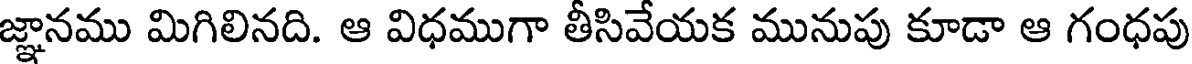
జ్ఞానము మిగిలినది. ఆ విధముగా తీసివేయక మునుపు కూడా ఆ గంధపు